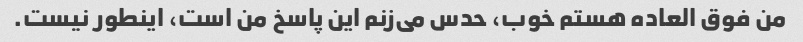
من فوق العاده هستم خوب، حدس می‌زنم این پاسخ من است، اینطور نیست.